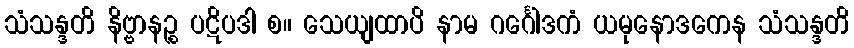
သံသန္ဒတိ နိဗ္ဗာနဉ္စ ပဋိပဒါ စ။ သေယျထာပိ နာမ ဂင်္ဂေါဒကံ ယမုနောဒကေန သံသန္ဒတိ